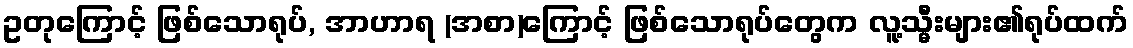
ဥတုကြောင့် ဖြစ်သောရုပ်, အာဟာရ (အစာ)ကြောင့် ဖြစ်သောရုပ်တွေက လူ့သ္မီးများ၏ရုပ်ထက်